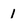
Character: 1